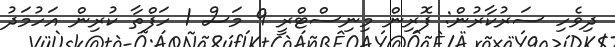
ދިވެހި ސަރުކާރުން: ފޮރިން މިނިސްޓްރީ 9 މަސް 1 ހަފްތާ ކުރިން އަހުމަދު